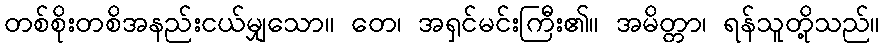
တစ်စိုးတစိအနည်းငယ်မျှသော။ တေ၊ အရှင်မင်းကြီး၏။ အမိတ္တာ၊ ရန်သူတို့သည်။